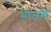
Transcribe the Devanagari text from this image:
भाजनी